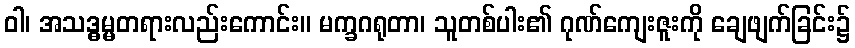
ဝါ၊ အသဒ္ဓမ္မတရားလည်းကောင်း။ မက္ခဂရုတာ၊ သူတစ်ပါး၏ ဂုဏ်ကျေးဇူးကို ချေဖျက်ခြင်း၌